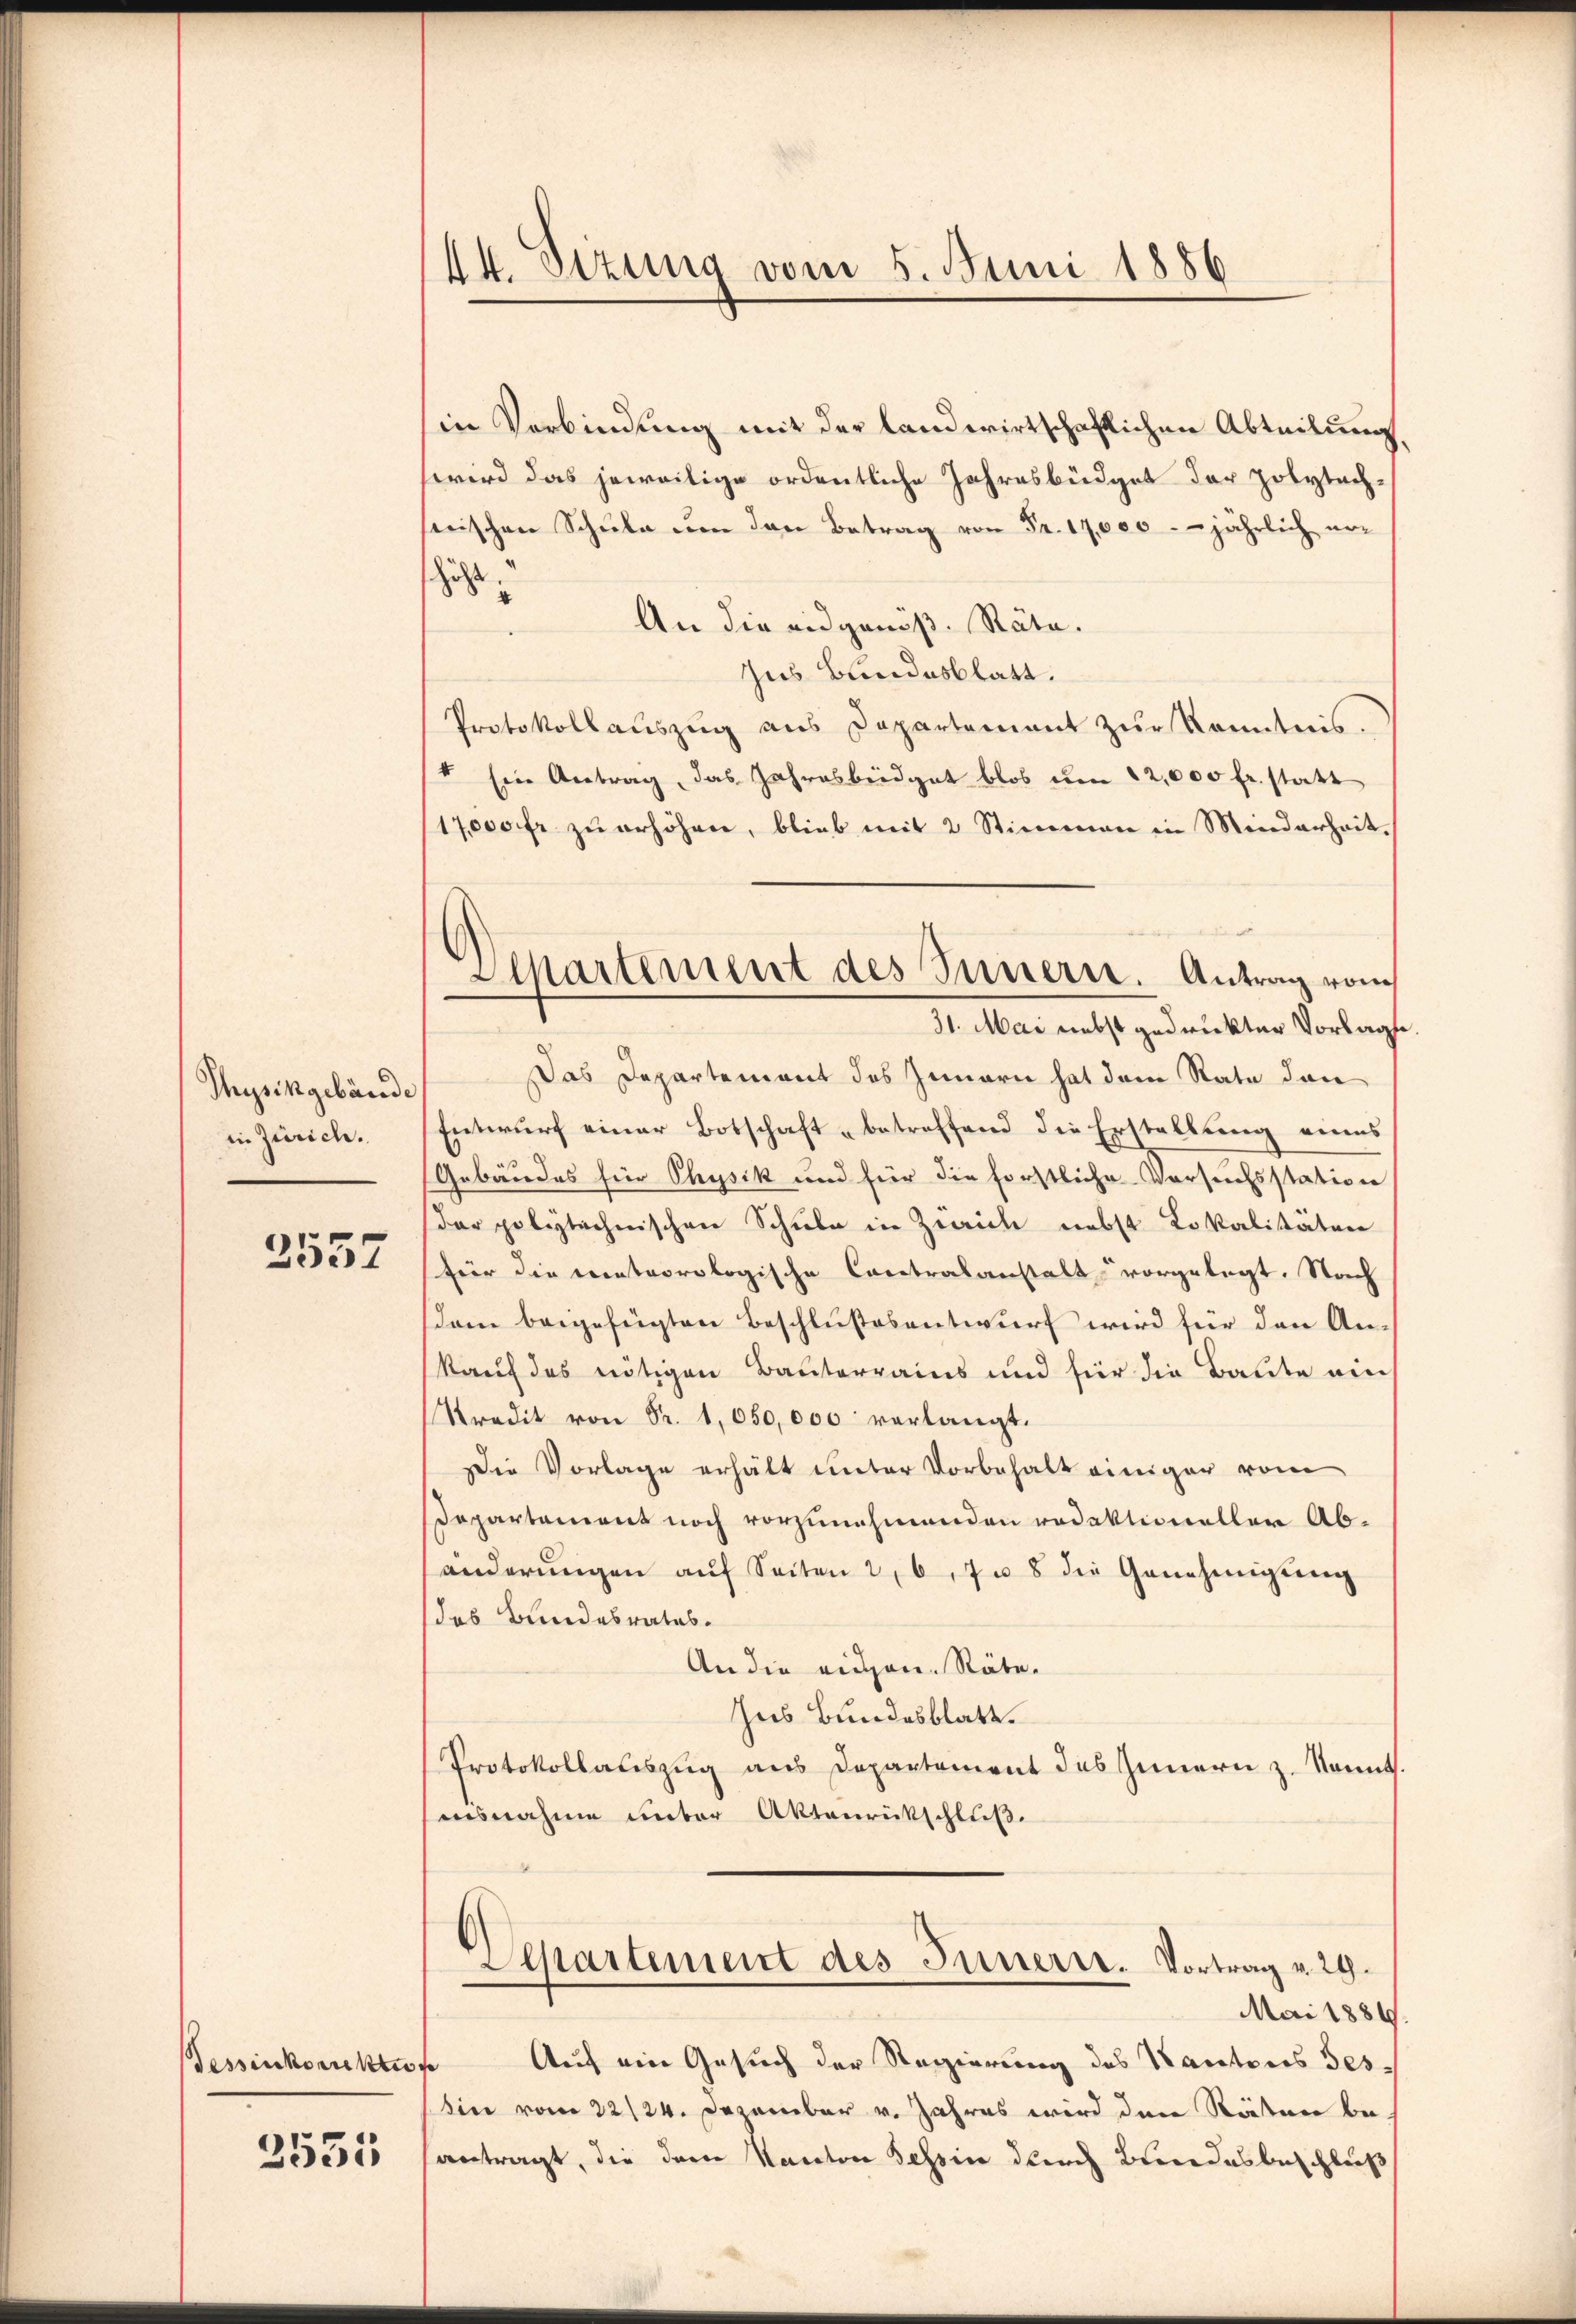
Thysikgebäude
in Zürich.

2557

Tessinkorektion

3531.

14. Seizung vom 5. Juni 1886

in Verbindung mit der landwirtschaftlichen Abteilung,
wird das jeweilige ordentliche Jahresbüdget der polytechserischen Schule um den Betrag von Fr. 17,000 jährlich erhist.
An die eidgenöß. Stäte.
us Bundesblatt.
Protokollauszug aus Departement zur Kenntnis.
t sein Antrag, das Jahresbeidgat blos um 12,000 fr. statt
17000 fr zŭ erhöhen, blieb mit 2 Stimmen in Minderheit,
Das Departement des Innern hat dem Rate dan
Entwurf einer Botschaft betreffend die Erstellung eines
Gebäudes für Physik und für die forstliche Vorsichsstation
der polytechnischen Schule in Zürich nebst Lokalitäten
für die conteorologische Contralanstalt vorgelegt. Nach
dam beigefügten Beschlußesentwurf wird für den An-
kauf das nötigen Bauterrains und für die Baute am
Stradit von Fr. 1050,000 verlangt.
Die Vorlage erhält unter Vorbehalt einiger vom
Departament noch vorzunehmenden redaktioneller Abänderŭngen aŭf Seiten 2, 6, 7–8 die Genehmigŭng
das Bundesrates.
An die eigen. Räte.
Zus Bundesblatt.
Protokollauszug aus Departement des Innern z. Sonnt.
iisnahme unter Aktenrückschluß.
Separtement des Innerer. Vortrag v. 29.
Mai 1889.
Auf ein Gesuch der Regierung des Kantons Tes-
sin vom 22/24. Dezember v. Jahres wird den Räten beantragt, die dem Kanton Tessin durch Bundesbeschluß

Departement des Innern. Antrag von
31. Mai nebst gedruckter Vorlags